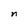
Character: n